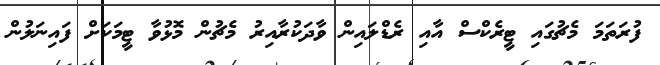
ފުރަތަމަ މެޗުގައި ޓީރެކްސް އާއި ރެޑްލައިން ވާދަކުރާއިރު މެޗުން މޮޅުވާ ޓީމަކަށް ފައިނަލުން